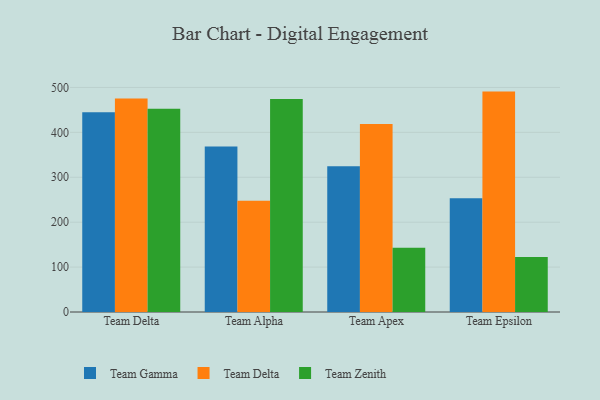
{"axis": {"x": "Team", "y": "Customer Acquisition Cost (USD)"}, "legend": ["Team Delta", "Team Gamma", "Team Zenith"], "data": [{"x": "Team Delta", "y": 444.9, "type": "Team Gamma"}, {"x": "Team Delta", "y": 475.4, "type": "Team Delta"}, {"x": "Team Delta", "y": 452.8, "type": "Team Zenith"}, {"x": "Team Alpha", "y": 368.8, "type": "Team Gamma"}, {"x": "Team Alpha", "y": 247.8, "type": "Team Delta"}, {"x": "Team Alpha", "y": 474.4, "type": "Team Zenith"}, {"x": "Team Apex", "y": 324.8, "type": "Team Gamma"}, {"x": "Team Apex", "y": 418.8, "type": "Team Delta"}, {"x": "Team Apex", "y": 143.0, "type": "Team Zenith"}, {"x": "Team Epsilon", "y": 253.2, "type": "Team Gamma"}, {"x": "Team Epsilon", "y": 490.8, "type": "Team Delta"}, {"x": "Team Epsilon", "y": 122.2, "type": "Team Zenith"}]}